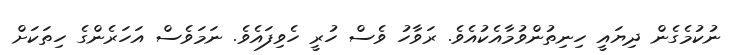
ނުކުމެގެން ދިޔައީ ހިނިތުންވުމާއެކުއެވެ. ރަވާހު ވެސް ހުރީ ހެވިފައެވެ. ނަމަވެސް އަހަރެންގެ ހިތަކަށް